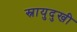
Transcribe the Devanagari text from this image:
स्नायुदुखी